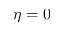
\eta = 0